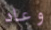
وعاد